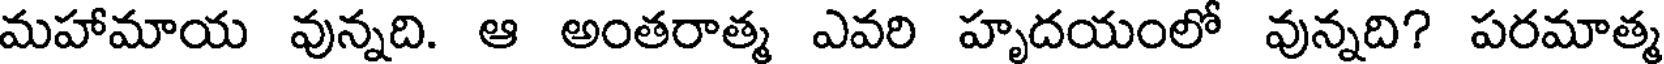
మహామాయ వున్నది. ఆ అంతరాత్మ ఎవరి హృదయంలో వున్నది? పరమాత్మ